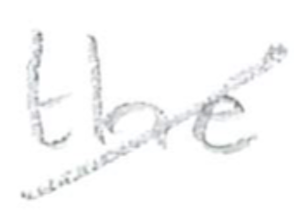
Text: the
Cross-out: diagonal
Writing tool: pencil